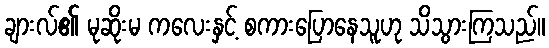
ချားလ်၏ မုဆိုးမ ကလေးနှင့် စကားပြောနေသူဟု သိသွားကြသည်။